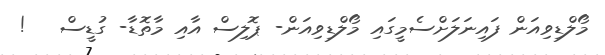
މޯލްޑިވިއަން ފައިނަލަށްސެމީގައި މޯލްޑިވިއަން- ޕޮލިސް އާއި މާތޮޑާ- ގުޑީސް   !